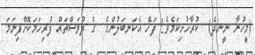
(މީހުނާ ނީނދެ)  ކުރާހުށިކަމެވެ! ފަހެ އެކަނބަލުންގެ  ގެ ދުވަސްތައް ފުރިހަމަކޮށްފިނަމަ